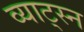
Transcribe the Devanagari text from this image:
व्याट्स्न